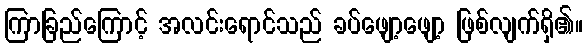
ကြာခြည်ကြောင့် အလင်းရောင်သည် ခပ်ဖျော့ဖျော့ ဖြစ်လျက်ရှိ၏။